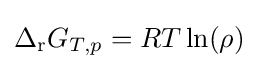
\Delta _{\mathrm {r} }G_{T,p}=RT\ln(\rho )